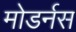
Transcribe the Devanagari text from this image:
मोडर्नस